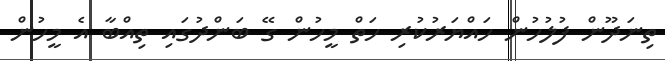
ތިނަދޫން ފުލުހުން ހައްޔަރުކުރި ހަތް މީހުން ގޭ ބަންދުގައި ތިއްބާ އެ މީހުން